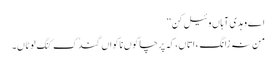
اے وہدی آہاں وئیل کن‘‘
من نہ زانگءَ اتاں، کہ پرچا گوں ناکواں گندُک کنَگ لوٹاں۔